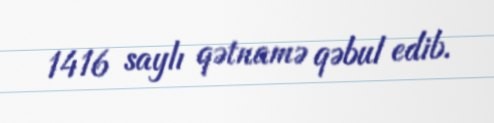
1416 saylı qətnamə qəbul edib.